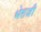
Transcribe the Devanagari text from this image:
भेरुजी